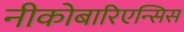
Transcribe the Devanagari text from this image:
नीकोबारिएन्सिस